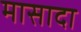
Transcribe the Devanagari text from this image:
मासादा